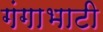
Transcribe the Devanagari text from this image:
गंगाभाटी